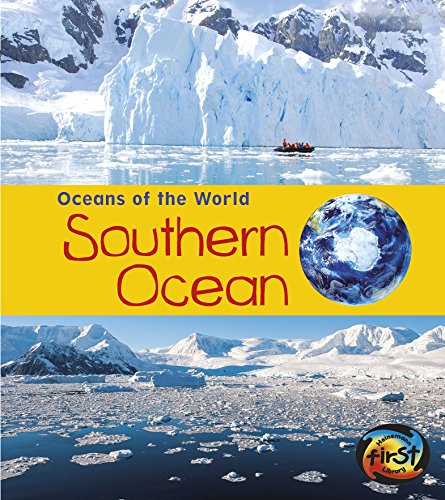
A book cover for Southern Ocean (Oceans of the World); Louise Spilsbury; Travel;